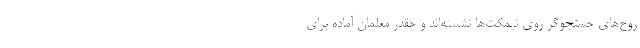
روح‌‌های جستجوگر روی نیمکت‌‌ها نشسته‌‌اند و چقدر معلمان آماده برای